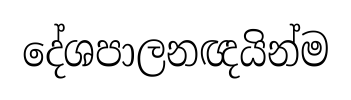
දේශපාලනඥයින්ම